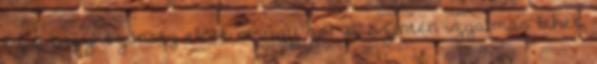
ez a nagyközönség előtt amúgy zárva, szintén izgalmas lehet.